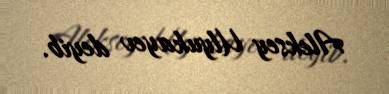
Aleksey Ulyukayev deyib.